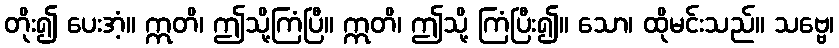
တိုး၍ ပေးအံ့။ ဣတိ၊ ဤသို့ကြံပြီ။ ဣတိ၊ ဤသို့ ကြံပြီး၍။ သော၊ ထိုမင်းသည်။ သဗ္ဗေ၊